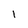
Character: l